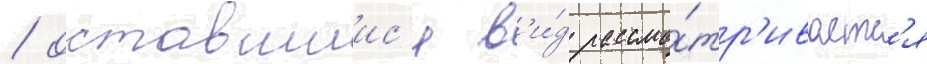
/ оставшиис'я в'и́д рассма́тр'иваетс'я